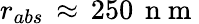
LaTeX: r_{abs}\, \approx\, 250\, \mathrm{~n~m~}